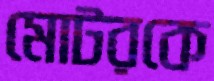
মোটরকে